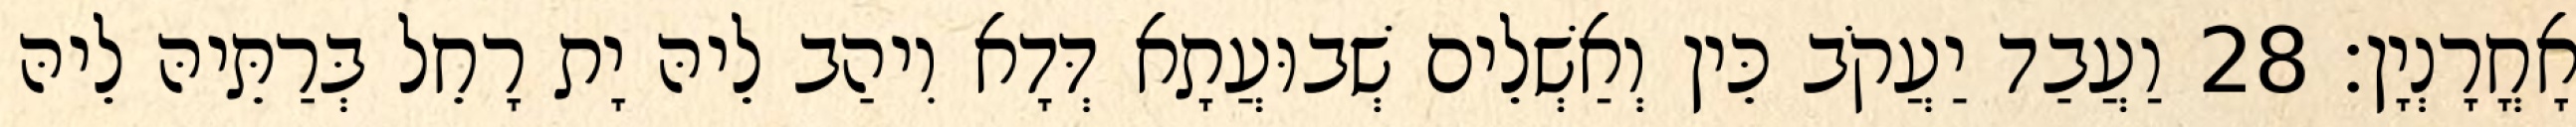
אָחֳרָנְיָן׃ 28 וַעֲבַד יַעֲקֹב כֵּין וְאַשְׁלֵים שְׁבוּעֲתָא דְּדָא וִיהַב לֵיהּ יָת רָחֵל בְּרַתֵּיהּ לֵיהּ